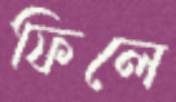
ফিলে